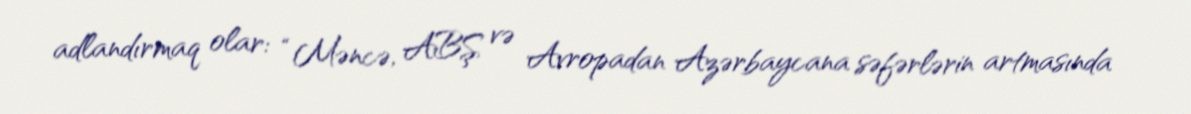
adlandırmaq olar: “Məncə, ABŞ və Avropadan Azərbaycana səfərlərin artmasında